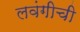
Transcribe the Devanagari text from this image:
लवंगीची